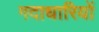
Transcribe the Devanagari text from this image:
गदाधारियों